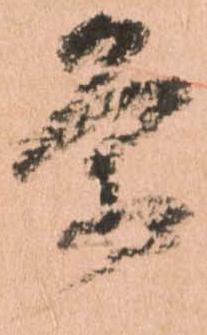
条